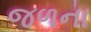
જળના